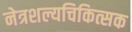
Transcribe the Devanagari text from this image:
नेत्रशल्यचिकित्सक